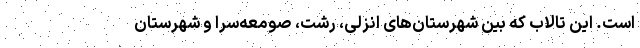
است. این تالاب که بین شهرستان‌های انزلی، رشت، صومعه‌سرا و شهرستان